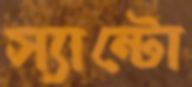
স্যান্টো